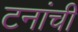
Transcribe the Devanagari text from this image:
टनांची